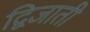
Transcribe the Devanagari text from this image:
द्विजाती